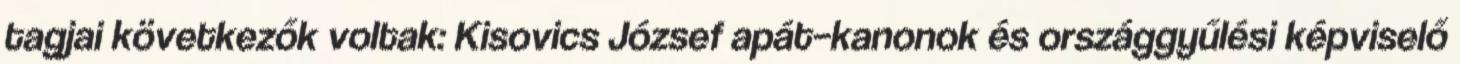
tagjai következők voltak: Kisovics József apát–kanonok és országgyűlési képviselő